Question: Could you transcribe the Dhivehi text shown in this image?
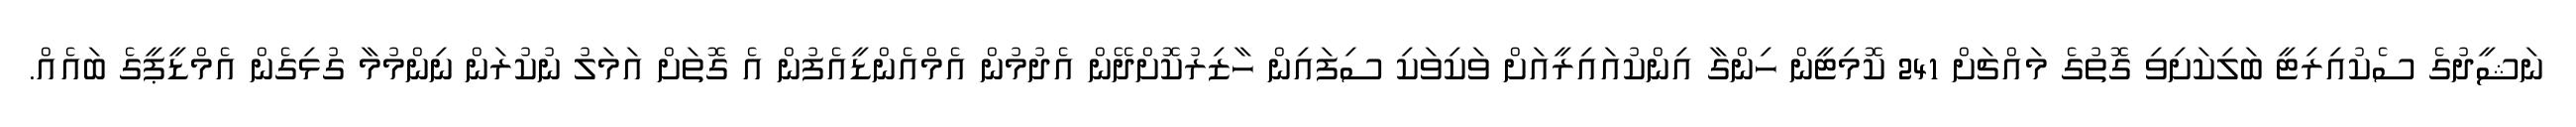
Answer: ނަޝީދުގެ ސެކުއިރިޓީ ބަލިކަށިވި ގޮތުގެ މައްޗަށް 241 ކޮމިޓީން ހިންގާ އިންކުއައިރީއަށް ވަކިވަކި ސިފައިން ހާޒިރުކޮށްދޭން އެދުމުން އެމްއެންޑީއެފުން އެ ގޮތަށް އަމަލު ނުކުރަން ނިންމުމާ ގުޅިގެން އެމްޑީޕީގެ ބައެއް.